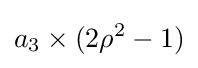
a_{3}\times (2\rho ^{2}-1)